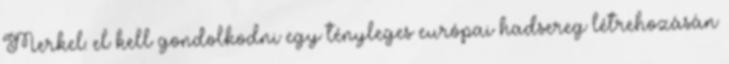
Merkel: el kell gondolkodni egy tényleges európai hadsereg létrehozásán